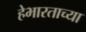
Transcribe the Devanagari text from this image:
हेभारताच्या